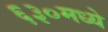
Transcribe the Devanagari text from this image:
६३०मध्ये